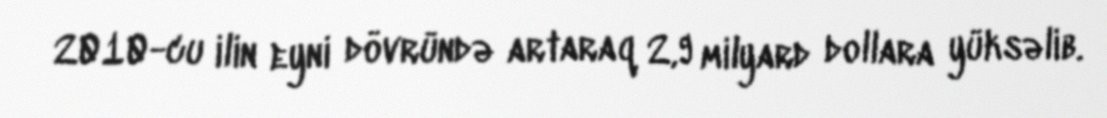
2010-cu ilin eyni dövründə artaraq 2,9 milyard dollara yüksəlib.